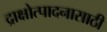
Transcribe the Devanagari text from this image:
द्राक्षोत्पादनासाठी